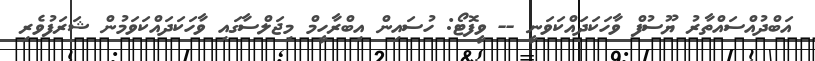
އަބްދުއްސައްތާރު ޔޫސުފް ވާހަކަދައްކަވަނީ -- ވީފޮޓޯ: ހުސައިން އިބްރާހީމް މިޖަލްސާގައި ވާހަކަދައްކަވަމުން ޝަރަފުވެރި